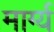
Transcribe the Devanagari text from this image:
मार्ग्य